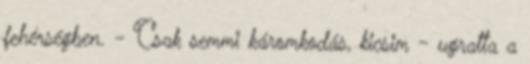
fehérségben. - Csak semmi káromkodás, kicsim - ugratta a